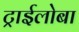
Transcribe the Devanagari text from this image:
ट्राईलोबा